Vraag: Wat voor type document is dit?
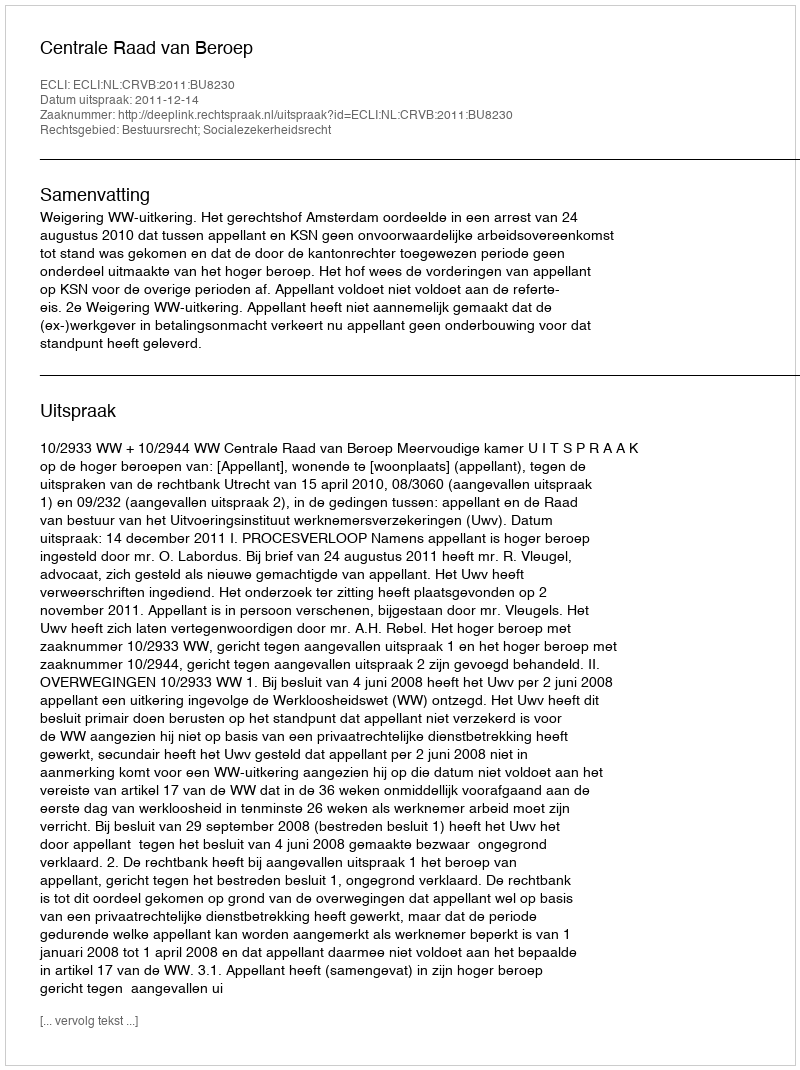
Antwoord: Uitspraak